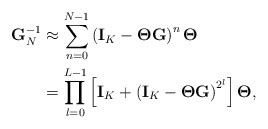
\begin{align*}\mathbf{G}^{-1}_{N} & \approx \sum_{n=0}^{N-1} \left( \mathbf{I}_K - \mathbf{\Theta} \mathbf{G} \right)^n \mathbf{\Theta} \\& = \prod_{l=0}^{L-1} \left[ \mathbf{I}_K + \left( \mathbf{I}_K - \mathbf{\Theta} \mathbf{G} \right)^{2^l} \right] \mathbf{\Theta},\end{align*}